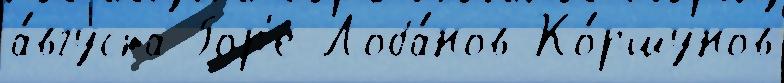
а́вгуста Гор'е Лоба́нов Ко́ршунов